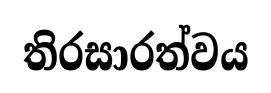
තිරසාරත්වය